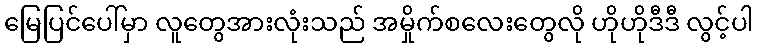
မြေပြင်ပေါ်မှာ လူတွေအားလုံးသည် အမှိုက်စလေးတွေလို ဟိုဟိုဒီဒီ လွင့်ပါ